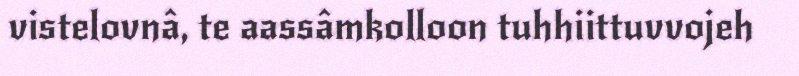
vistelovnâ, te aassâmkolloon tuhhiittuvvojeh